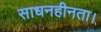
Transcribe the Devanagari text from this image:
साधनहीनता।